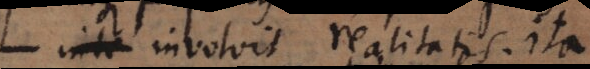
inte involvit realitatis. Ita